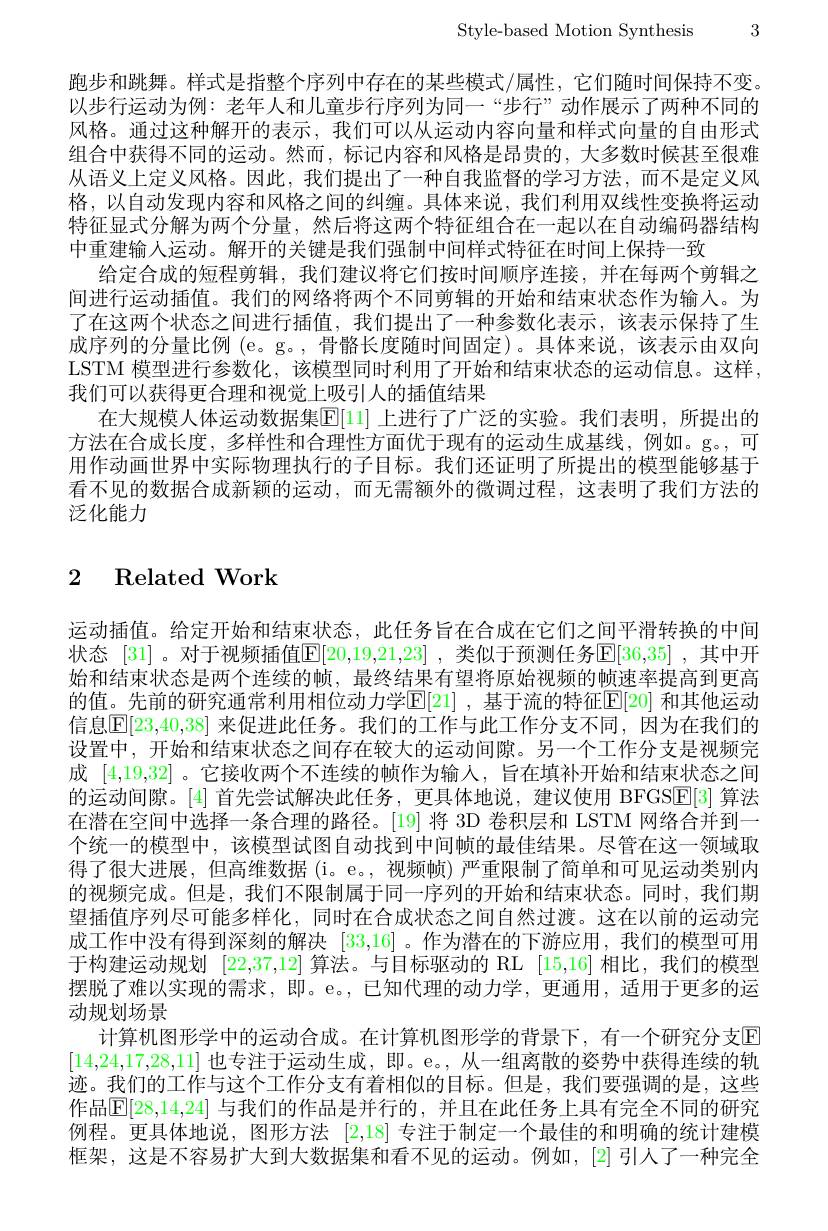
Style-based Motion Synthesis 3

跑步和跳舞。样式是指整个序列中存在的某些模式/属性，它们随时间保持不变。以步行运动为例：老年人和儿童步行序列为同一“步行”动作展示了两种不同的风格。通过这种解开的表示，我们可以从运动内容向量和样式向量的自由形式组合中获得不同的运动。然而，标记内容和风格是昂贵的，大多数时候甚至很难从语义上定义风格。因此，我们提出了一种自我监督的学习方法，而不是定义风格，以自动发现内容和风格之间的纠缠。具体来说，我们利用双线性变换将运动特征显式分解为两个分量，然后将这两个特征组合在一起以在自动编码器结构中重建输人运动。解开的关键是我们强制中间样式特征在时间上保持一致
给定合成的短程剪辑，我们建议将它们按时间顺序连接，并在每两个剪辑之间进行运动插值。我们的网络将两个不同剪辑的开始和结束状态作为输入。为了在这两个状态之间进行插值，我们提出了一种参数化表示，该表示保持了生成序列的分量比例 (e。g。, 骨骼长度随时间固定)。具体来说，该表示由双向LSTM 模型进行参数化，该模型同时利用了开始和结束状态的运动信息。这样， 我们可以获得更合理和视觉上吸引人的插值结果
在大规模人体运动数据集$\mathbb{E}[11]$ 上进行了广泛的实验。我们表明，所提出的方法在合成长度，多样性和合理性方面优于现有的运动生成基线，例如。g。,可用作动画世界中实际物理执行的子目标。我们还证明了所提出的模型能够基于看不见的数据合成新颖的运动，而无需额外的微调过程，这表明了我们方法的泛化能力

# 2 Related Work

运动插值。给定开始和结束状态，此任务旨在合成在它们之间平滑转换的中间状态 [31]。对于视频插值$[\mathbb{E}[20,19,21,23]$ ,类似于预测任务E[36,35] ,其中开始和结束状态是两个连续的帧，最终结果有望将原始视频的帧速率提高到更高的值。先前的研究通常利用相位动力学E[ 21] ,基于流的特征[E[20] 和其他运动信息$\mathbb{E}[23,40,38]$ 来促进此任务。我们的工作与此工作分支不同，因为在我们的设置中，开始和结束状态之间存在较大的运动间隙。另一个工作分支是视频完成 [4,19,32] 。它接收两个不连续的帧作为输人，旨在填补开始和结束状态之间的运动间隙。[4] 首先尝试解决此任务，更具体地说，建议使用 BFGSE[3] 算法在潜在空间中选择一条合理的路径。[19] 将 3D 卷积层和 LSTM 网络合并到一个统一的模型中，该模型试图自动找到中间帧的最佳结果。尽管在这一领域取得了很大进展，但高维数据(i。e。,视频帧)严重限制了简单和可见运动类别内的视频完成。但是，我们不限制属于同一序列的开始和结束状态。同时，我们期望插值序列尽可能多样化，同时在合成状态之间自然过渡。这在以前的运动完成工作中没有得到深刻的解决[33,16] 。作为潜在的下游应用，我们的模型可用于构建运动规划[22,37,12]算法。与目标驱动的 RL [15,16]相比，我们的模型摆脱了难以实现的需求，即。e。,已知代理的动力学，更通用，适用于更多的运动规划场景
计算机图形学中的运动合成。在计算机图形学的背景下，有一个研究分支回[14,24,17,28,11]也专注于运动生成，即。e。, 从一组离散的姿势中获得连续的轨迹。我们的工作与这个工作分支有着相似的目标。但是，我们要强调的是，这些作品$\mathbb{E}[28,14,24]$ 与我们的作品是并行的，并且在此任务上具有完全不同的研究例程。更具体地说，图形方法[2,18]专注于制定一个最佳的和明确的统计建模框架，这是不容易扩大到大数据集和看不见的运动。例如，[2]引人了一种完全